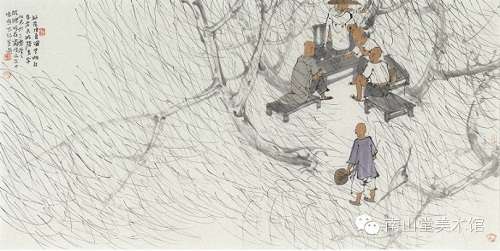
童子柳阴眠正着，一牛吃过柳阴西。